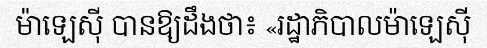
ម៉ាឡេស៊ី បានឱ្យដឹងថា៖ «រដ្ឋាភិបាលម៉ាឡេស៊ី